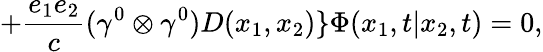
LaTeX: +\frac{e_{1}e_{2}}{c}({\gamma}^{0}\otimes{\gamma}^{0})D(x_{1},x_{2})\} {\Phi}(x_{1},t|x_{2},t)=0,